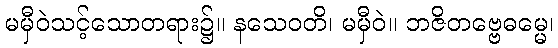
မမှီဝဲသင့်သောတရား၌။ နသေဝတိ၊ မမှီဝဲ။ ဘဇိတဗ္ဗေဓမ္မေ၊